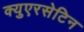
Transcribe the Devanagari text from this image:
क्युएरसेटिन